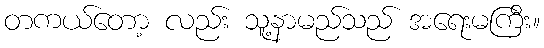
တကယ်တော့ လည်း သူ့နာမည်သည် အရေးမကြီး။